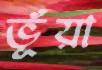
ভূঁয়া